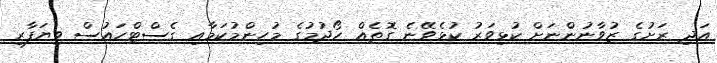
އަދި ރަށުގެ ޒުވާނުންނަށް ކުޅިވަރު ކުޅެވޭނެ ގޮތެއް ހޯދުމުގެ މުހިންމުކަމާއި ގެސްޓްހައުސް ވިޔަފާރި